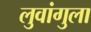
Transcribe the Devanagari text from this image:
लुवांगुला